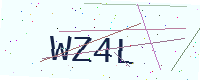
Text: WZ4L